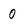
Character: 0